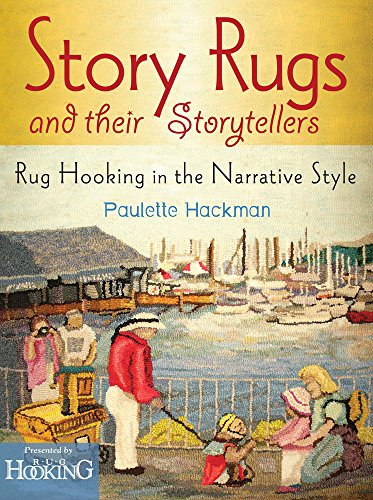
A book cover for Story Rugs and Their Storytellers: Rug Hooking in the Narrative Style; Paulette Hackman; Crafts, Hobbies & Home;